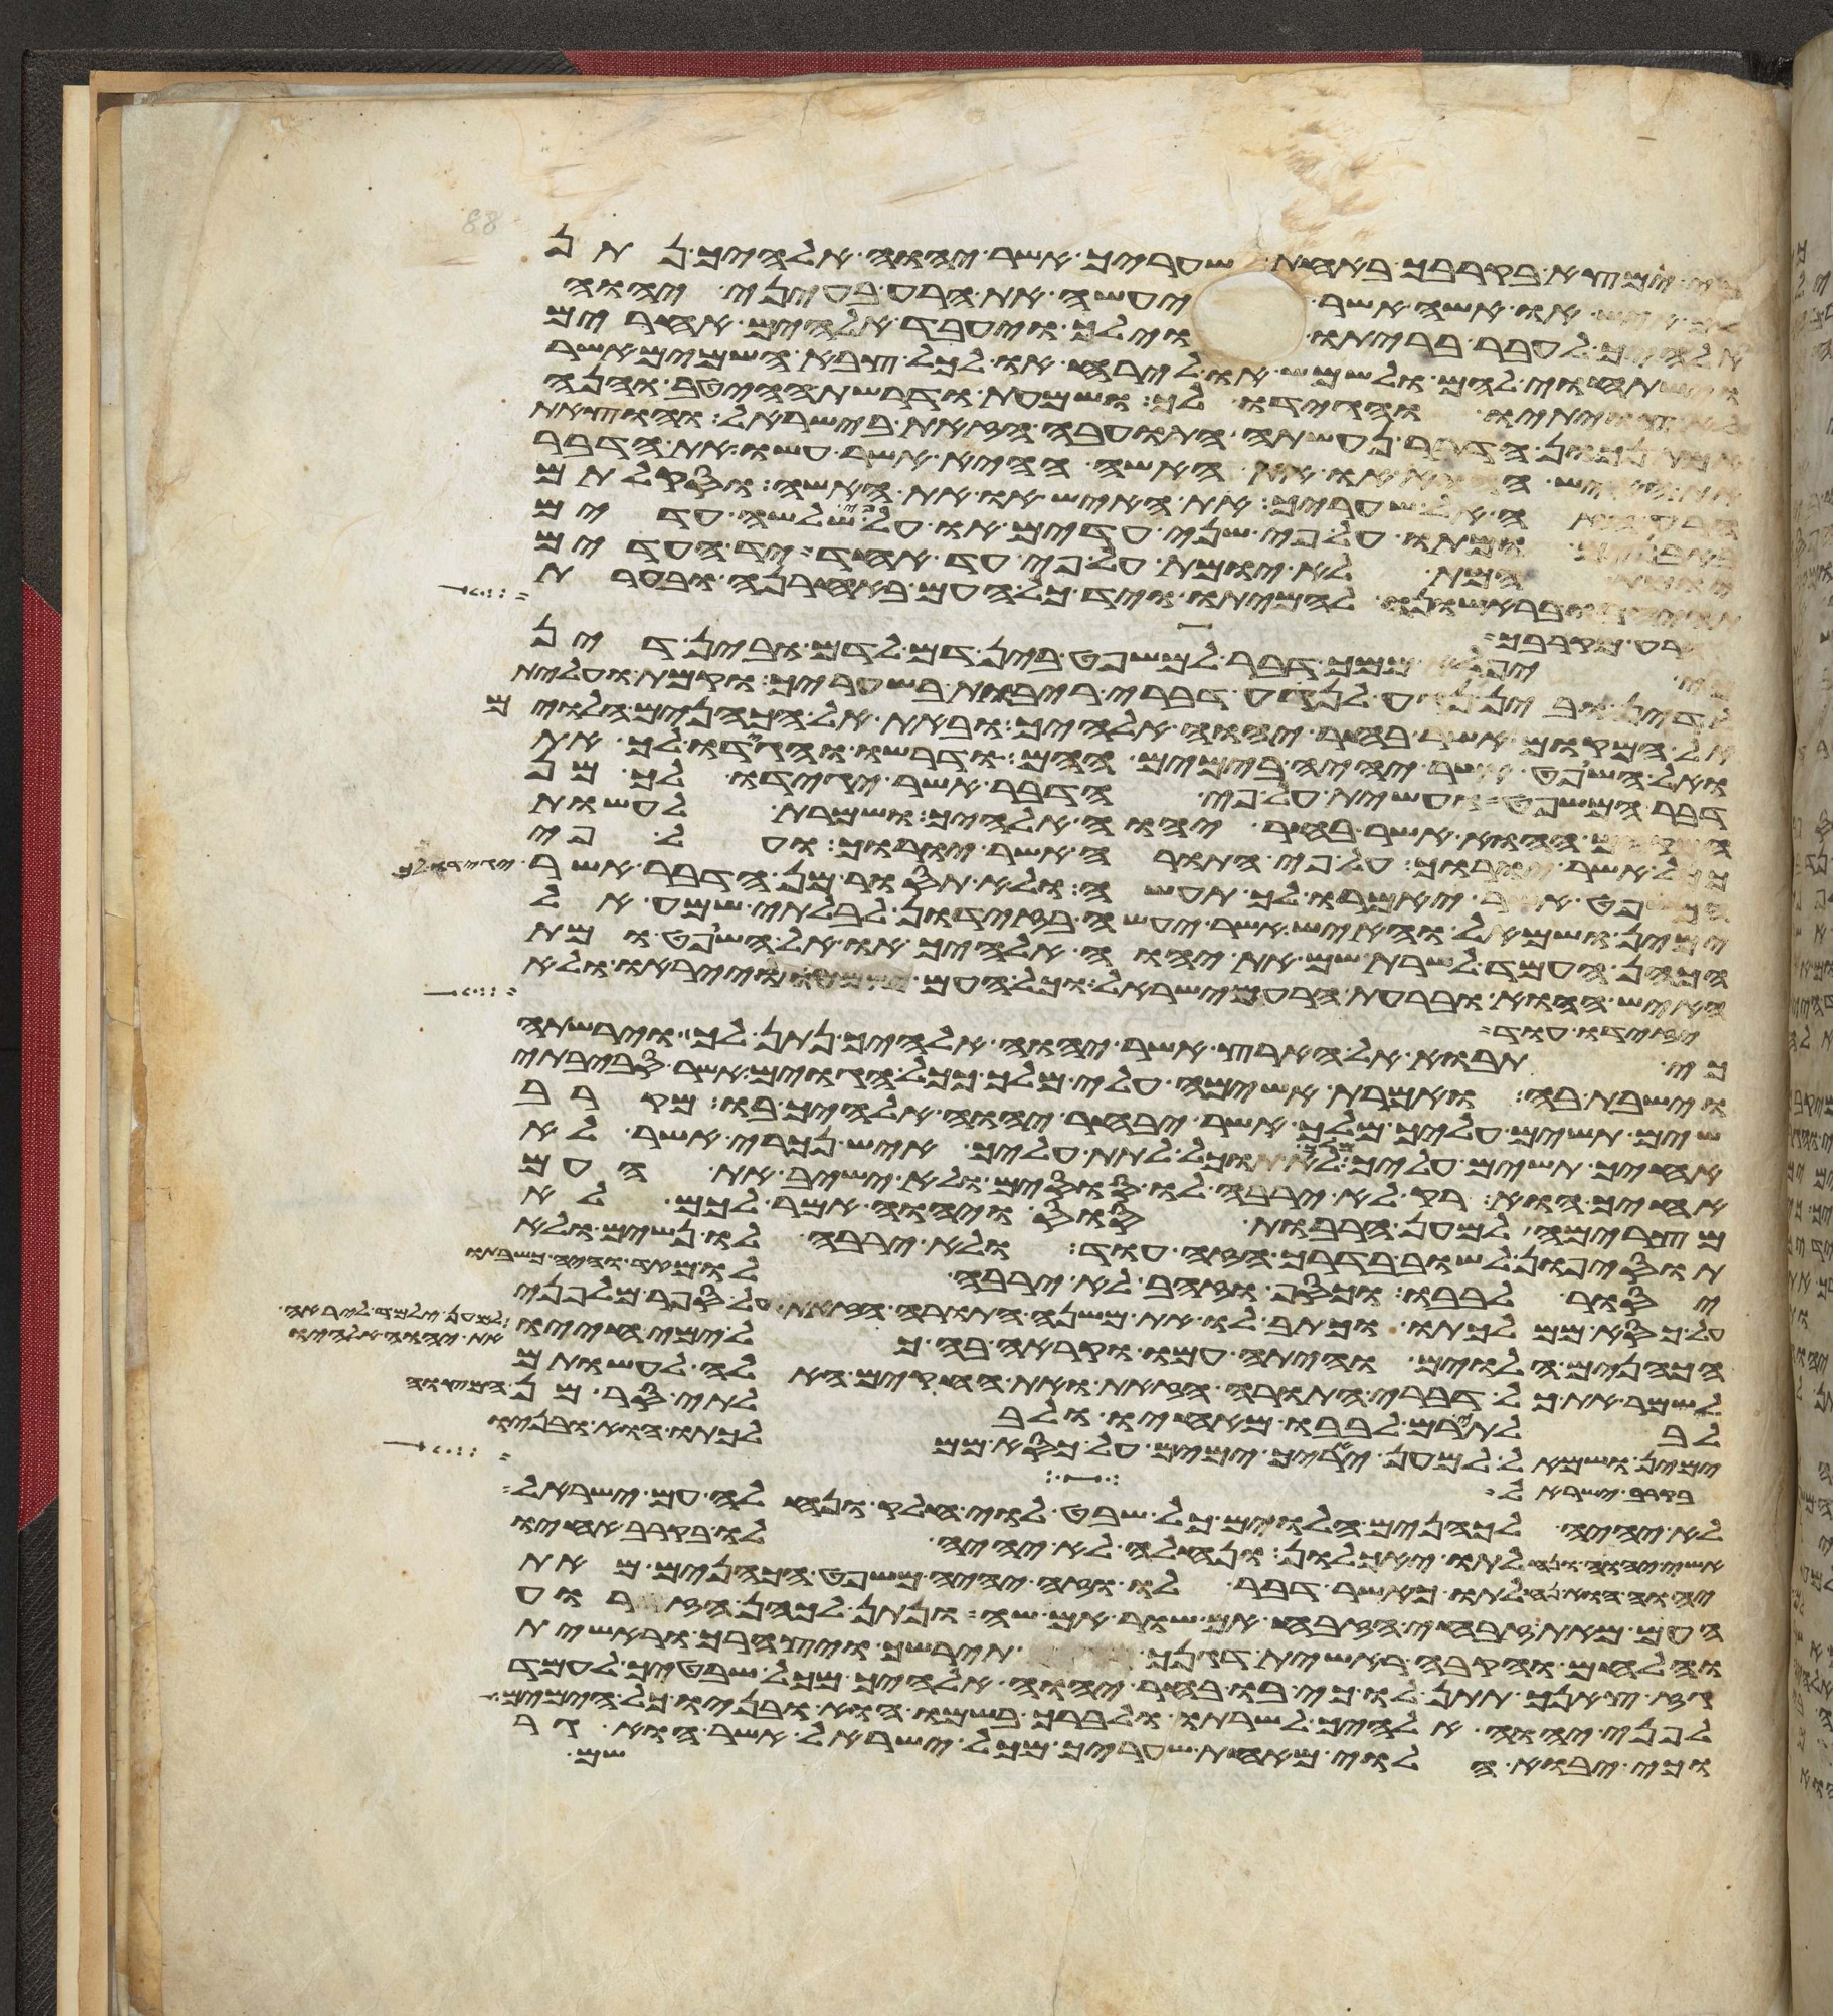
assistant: כי ימצא בקרבך באחת שעריך אשר יהוה אלהיך נתן
לך איש או אשה אשר יעשה את הרע בעיני יהוה
אלהיך לעבר בריתו וילך ויעבד אלהים אחרים
וישתחוי להם ולשמש או לירח או לכל צבא השמים אשר
לא צויתיו והגידו לך ושמעת ודרשת הייטב והנה
אמת נכון הדבר נעשתה התועבה הזאת בישראל והוצאת
את האיש ההוא או את האשה ההיא אשר עשו את הדבר
הרע הזה אל שעריך את האיש או את האשה וסקלתם
באבנים ומתו על פי שני עדים או על פי שלשה עדים
יומת המת לא יומת על פי עד אחד יד העדים
תהיה בו בראישונה להמיתו ויד כל העם באחרנה ובערת
הרע מקרבך
כי יפלא ממך דבר למשפט בין דם לדם ובין דין
לדין ובין נגע לנגע דברי ריבות בשעריך וקמת ועלית
אל המקום אשר בחר יהוה אלהיך ובאת אל הכהנים הלוים
ואל השופט אשר יהיה בימים ההם ודרשו והגידו לך את
דבר המשפט ועשית על פי הדבר אשר יגידו לך מן
המקום ההוא אשר בחר יהוה אלהיך ושמרת לעשות
ככל אשר יורוך על פי התורה אשר יורוך ועל פי
המשפט אשר יאמרו לך תעשה ולא תסור מן הדבר אשר יגידו לך
ימין ושמאל והאיש אשר יעשה בזדון לבלתי שמע אל
הכהן העמד לשרת שם את יהוה אלהיך או אל השופט ומת
האיש ההוא ובערת הרע מישראל וכל העם ישמעו וייראו ולא
יזידו עוד
כי תבוא אל הארץ אשר יהוה אלהיך נתן לך וירשת
וישבת בה ואמרת אשימה עלי מלך ככל הגוים אשר סביבתי
שים תשים עליך מלך אשר יבחר יהוה אלהיך בו מקרב
אחיך תשים עליך מלך לא תוכל לתת עליך איש נכרי אשר לא
אחיך הוא רק לא ירבה לו סוסים ולא ישיב את העם
מצרימה למען הרבות סוס ויהוה האמר לכם לא
תוסיפון לשוב בדרך הזה עוד ולא ירבה לו נשים ולא
יסור לבבו וכסף וזהב לא ירבה לו מאד והיה כשבתו
על כסא ממלכתו וכתב לו את משנה התורה הזאת על ספר מלפני
הכהנים הלוים והיתה עמו וקרא בה כל ימי חייו למען ילמד ליראה
את יהוה אלהיו
לשמר את כל דברי התורה הזאת ואת החקים האלה לעשותם
לבלתי רם לבבו מאחיו ולבלתי סר מן המצוה
ימין ושמאל למען יאריך ימים על כסא ממלכתו הוא ובניו
בקרב ישראל
לא יהיה לכהנים הלוים כל שבט לוי חלק ונחלה עם ישראל
אשי יהוה ונחלתו יאכלון ונחלה לא יהיה לו בקרב אחיו
יהוה הוא נחלתו כאשר דבר לו וזה יהיה משפט הכהנים מאת
העם מאת זבחי הזבח אם שור אם שה ונתן לכהן הזרוע
והלחים והקבה ראשית דגנך תירשך ויצהרך וראשית
גז צאנך תתן לו כי בו בחר יהוה אלהיך מכל שבטיך לעמד
לפני יהוה אלהיך לשרתו ולברך בשמו הוא ובניו כל הימים
וכי יבוא הלוי מאחת שעריך מכל ישראל אשר הוא גר
שם